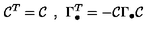
{ \cal C } ^ { T } = { \cal C } \: \: , \: \: \Gamma _ { \bullet } ^ { T } = - { \cal C } \Gamma _ { \bullet } { \cal C }